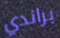
براندي